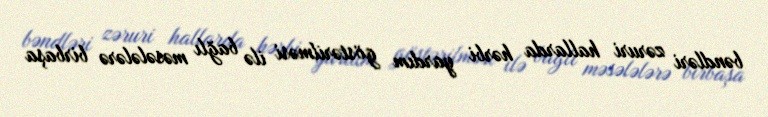
bəndləri zəruri hallarda hərbi yardım göstərilməsi ilə bağlı məsələlərə birbaşa